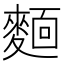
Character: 𬹃